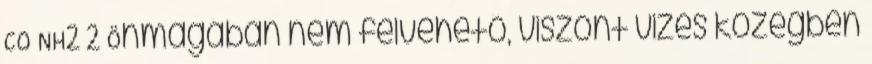
CO NH2 2 Önmagában nem felvehető, viszont vizes közegben